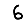
Digit: 6